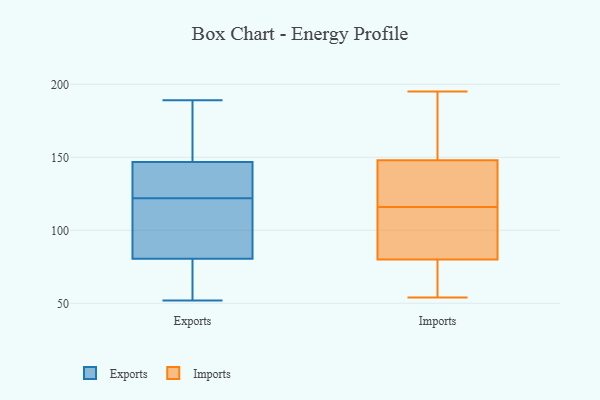
{"axis": {"x": "Customer Acquisition Cost (USD)", "y": "Value"}, "legend": ["Exports", "Imports"], "data": [{"x": "", "y": 189, "type": "Exports"}, {"x": "", "y": 52, "type": "Exports"}, {"x": "", "y": 185, "type": "Exports"}, {"x": "", "y": 82, "type": "Exports"}, {"x": "", "y": 143, "type": "Exports"}, {"x": "", "y": 130, "type": "Exports"}, {"x": "", "y": 148, "type": "Exports"}, {"x": "", "y": 122, "type": "Exports"}, {"x": "", "y": 80, "type": "Exports"}, {"x": "", "y": 136, "type": "Exports"}, {"x": "", "y": 54, "type": "Exports"}, {"x": "", "y": 162, "type": "Exports"}, {"x": "", "y": 117, "type": "Exports"}, {"x": "", "y": 103, "type": "Exports"}, {"x": "", "y": 57, "type": "Exports"}, {"x": "", "y": 146, "type": "Imports"}, {"x": "", "y": 148, "type": "Imports"}, {"x": "", "y": 73, "type": "Imports"}, {"x": "", "y": 195, "type": "Imports"}, {"x": "", "y": 79, "type": "Imports"}, {"x": "", "y": 176, "type": "Imports"}, {"x": "", "y": 80, "type": "Imports"}, {"x": "", "y": 83, "type": "Imports"}, {"x": "", "y": 93, "type": "Imports"}, {"x": "", "y": 98, "type": "Imports"}, {"x": "", "y": 142, "type": "Imports"}, {"x": "", "y": 134, "type": "Imports"}, {"x": "", "y": 180, "type": "Imports"}, {"x": "", "y": 58, "type": "Imports"}, {"x": "", "y": 147, "type": "Imports"}, {"x": "", "y": 173, "type": "Imports"}, {"x": "", "y": 94, "type": "Imports"}, {"x": "", "y": 54, "type": "Imports"}]}